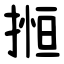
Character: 搄